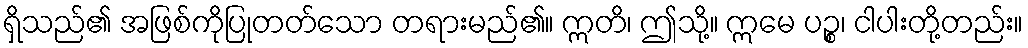
ရှိသည်၏ အဖြစ်ကိုပြုတတ်သော တရားမည်၏။ ဣတိ၊ ဤသို့။ ဣမေ ပဉ္စ၊ ငါပါးတို့တည်း။